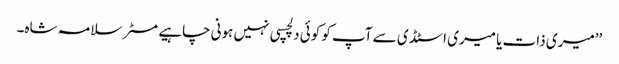
’’میری ذات یا میری اسٹڈی سے آپ کو کوئی دلچسپی نہیں ہونی چاہیے مسٹر سلامہ شاہ۔